Civil Veterinary Dept. Bombay admin report 1923-31 - 1923-1931
Year: 1923
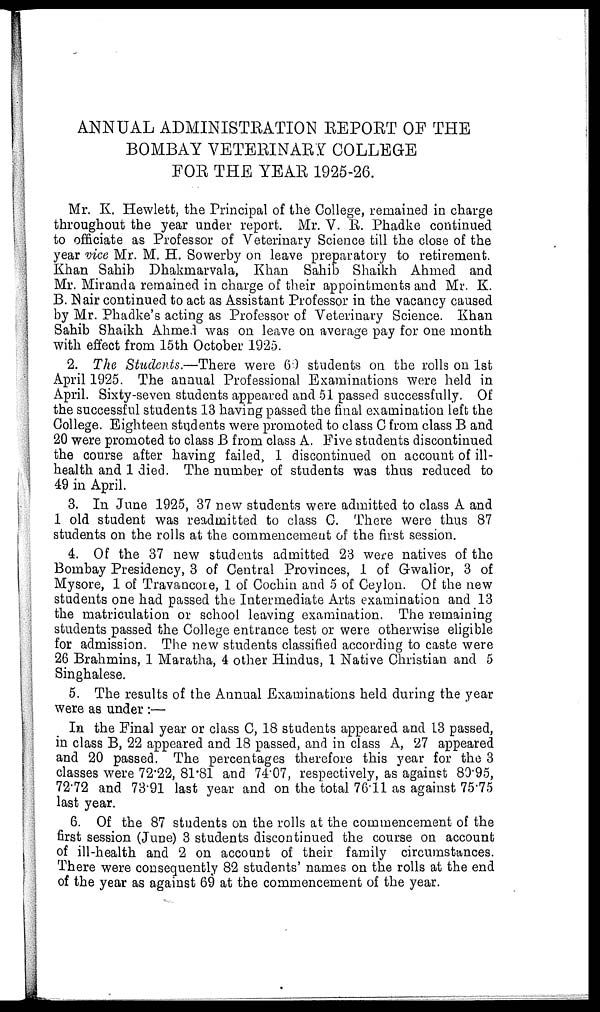
ANNUAL ADMINISTRATION REPORT OF THE
BOMBAY VETERINARY COLLEGE
FOR THE YEAR 1925-26.
Mr. K. Hewlett, the Principal of the College, remained in charge
throughout the year under report. Mr. V. R. Phadke continued
to officiate as Professor of Veterinary Science till the close of the
year vice Mr. M. H. Sowerby on leave preparatory to retirement.
Khan Sahib Dhakmarvala, Khan Sahib Shaikh Ahmed and
Mr. Miranda remained in charge of their appointments and Mr. K.
B. Nair continued to act as Assistant Professor in the vacancy caused
by Mr. Phadke's acting as Professor of Veterinary Science. Khan
Sahib Shaikh Ahmed was on leave on average pay for one month
with effect from 15th October 1925.
2. The Students.—There were 60 students on the rolls on 1st
April 1925. The annual Professional Examinations were held in
April. Sixty-seven students appeared and 51 passed successfully. Of
the successful students 13 having passed the final examination left the
College. Eighteen students were promoted to class C from class B and
20 were promoted to class B from class A. Five students discontinued
the course after having failed, 1 discontinued on account of ill-
health and 1 died. The number of students was thus reduced to
49 in April.
3. In June 1925, 37 new students were admitted to class A and
1 old student was readmitted to class C. There were thus 87
students on the rolls at the commencement of the first session.
4. Of the 37 new students admitted 23 were natives of the
Bombay Presidency, 3 of Central Provinces, 1 of Gwalior, 3 of
Mysore, 1 of Travancore, 1 of Cochin and 5 of Ceylon. Of the new
students one had passed the Intermediate Arts examination and 13
the matriculation or school leaving examination. The remaining
students passed the College entrance test or were otherwise eligible
for admission. The new students classified according to caste were
26 Brahmins, 1 Maratha, 4 other Hindus, 1 Native Christian and 5
Singhalese.
5. The results of the Annual Examinations held during the year
were as under :—
In the Final year or class C, 18 students appeared and 13 passed,
in class B, 22 appeared and 18 passed, and in class A, 27 appeared
and 20 passed. The percentages therefore this year for the 3
classes were 72.22, 81.81 and 74.07, respectively, as against 80.95,
72.72 and 73.91 last year and on the total 76.11 as against 75.75
last year.
6. Of the 87 students on the rolls at the commencement of the
first session (June) 3 students discontinued the course on account
of ill-health and 2 on account of their family circumstances.
There were consequently 82 students' names on the rolls at the end
of the year as against 69 at the commencement of the year.